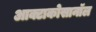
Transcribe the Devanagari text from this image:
आक्टाकोसानॉल